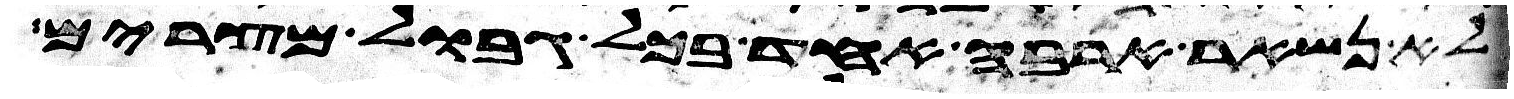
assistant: לא נשאר ארבה אחד בכל גבול מצרים